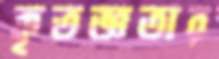
কৃতজ্ঞতার